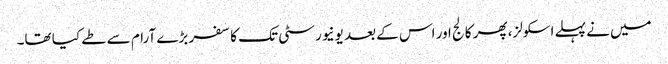
میں نے پہلے اسکولز، پھر کالج اور اس کے بعد یونیورسٹی تک کا سفر بڑے آرام سے طے کیا تھا۔